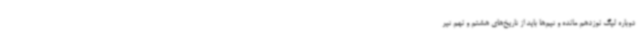
دوباره لیگ نوزدهم مانده و تیم‌ها باید از تاریخ‌های هشتم و نهم تیر